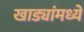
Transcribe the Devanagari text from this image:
खाड्यांमध्ये